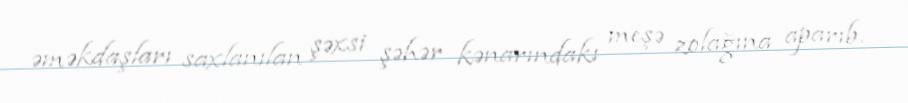
əməkdaşları saxlanılan şəxsi şəhər kənarındakı meşə zolağına aparıb.